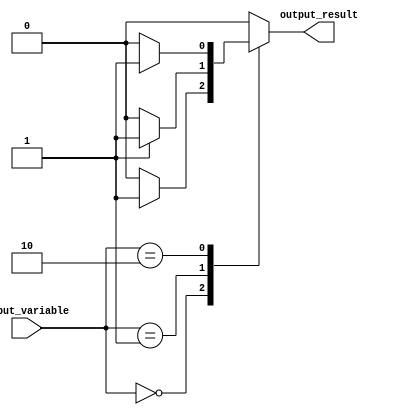
module case_statement_with_if_else (
  input [1:0] input_variable,
  output reg output_result
);

  always @(*) begin
    case(input_variable)
      2'b00: begin
        if (some_condition) begin
          output_result <= 1'b1;
        end else begin
          output_result <= 1'b0;
        end
      end
      2'b01: begin
        if (another_condition) begin
          output_result <= 1'b1;
        end else begin
          output_result <= 1'b0;
        end
      end
      2'b10: begin
        if (yet_another_condition) begin
          output_result <= 1'b1;
        end else begin
          output_result <= 1'b0;
        end
      end
      default: begin
        output_result <= 1'b0;
      end
    endcase
  end

endmodule